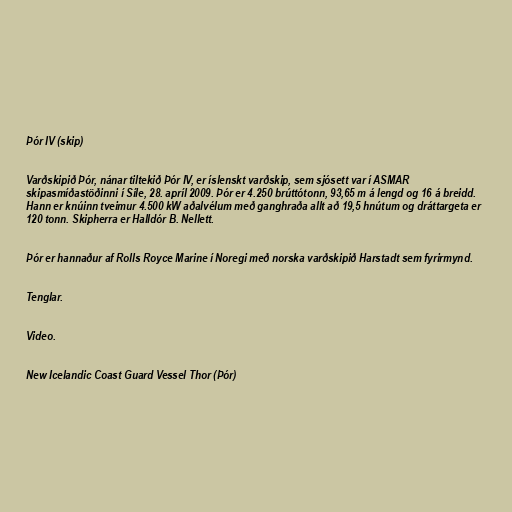
Þór IV (skip)

Varðskipið Þór, nánar tiltekið Þór IV, er íslenskt varðskip, sem sjósett var í ASMAR
skipasmíðastöðinni í Síle, 28. apríl 2009. Þór er 4.250 brúttótonn, 93,65 m á lengd og 16 á breidd.
Hann er knúinn tveimur 4.500 kW aðalvélum með ganghraða allt að 19,5 hnútum og dráttargeta er
120 tonn. Skipherra er Halldór B. Nellett.

Þór er hannaður af Rolls Royce Marine í Noregi með norska varðskipið Harstadt sem fyrirmynd.

Tenglar.

Video.

New Icelandic Coast Guard Vessel Thor (Þór)